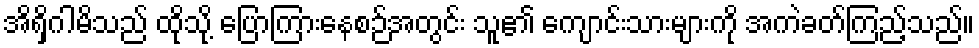
အိရှိဂါမိသည် ထိုသို့ ပြောကြားနေစဉ်အတွင်း သူ၏ ကျောင်းသားများကို အကဲခတ်ကြည့်သည်။